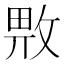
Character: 𱡜